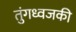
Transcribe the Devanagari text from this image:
तुंगध्वजकी